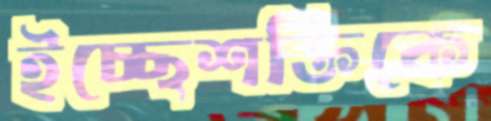
ইচ্ছেশক্তিকে